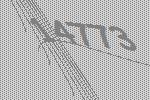
14773